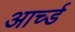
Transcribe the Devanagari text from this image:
आर्च्ड